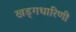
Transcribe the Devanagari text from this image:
खड्गधारिणी